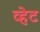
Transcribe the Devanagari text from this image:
व्हेट